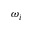
\omega _ { i }